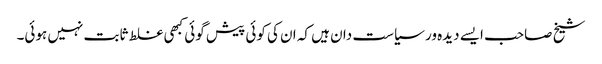
شیخ صاحب ایسے دیدہ ور سیاست دان ہیں کہ ان کی کوئی پیش گوئی کبھی غلط ثابت نہیں ہوئی۔